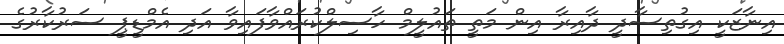
އިނާޒަކީ އިގުތިސާދީ ދާއިރާ އިން މަތީ ތައުލީމް ހާސިލްކުރައްވާފައިވާ އަދި އެމްޑީޕީ ސަރުކާރުގެ